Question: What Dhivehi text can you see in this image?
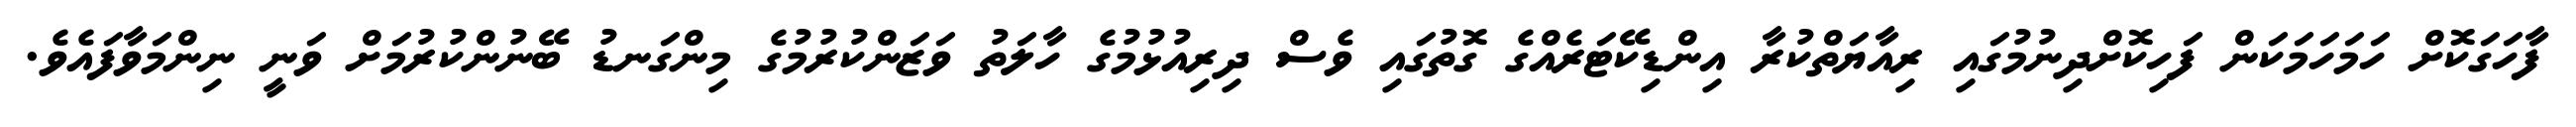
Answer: ފާހަގަކޮށް ހަމަހަމަކަން ފަހިކޮށްދިނުމުގައި ރިއާޔަތްކުރާ އިންޑިކޭޓަރެއްގެ ގޮތުގައި ވެސް ދިރިއުޅުމުގެ ހާލަތު ވަޒަންކުރުމުގެ މިންގަނޑު ބޭނުންކުރުމަށް ވަނީ ނިންމަވާފައެވެ.